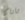
تاناكا